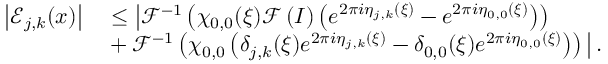
\begin{array} { r l } { \left\vert \mathcal { E } _ { j , k } ( \boldsymbol { x } ) \right\vert } & { { } \leq \big \vert \mathcal { F } ^ { - 1 } \left( \chi _ { 0 , 0 } ( \boldsymbol { \xi } ) \mathcal { F } \left( I \right) \left( e ^ { 2 \pi i \eta _ { j , k } ( \boldsymbol { \xi } ) } - e ^ { 2 \pi i \eta _ { 0 , 0 } ( \boldsymbol { \xi } ) } \right) \right) } \\ { \qquad } & { { } + \mathcal { F } ^ { - 1 } \left( \chi _ { 0 , 0 } \left( \delta _ { j , k } ( \boldsymbol { \xi } ) e ^ { 2 \pi i \eta _ { j , k } ( \boldsymbol { \xi } ) } - \delta _ { 0 , 0 } ( \boldsymbol { \xi } ) e ^ { 2 \pi i \eta _ { 0 , 0 } ( \boldsymbol { \xi } ) } \right) \right) \big \vert \, . } \end{array}